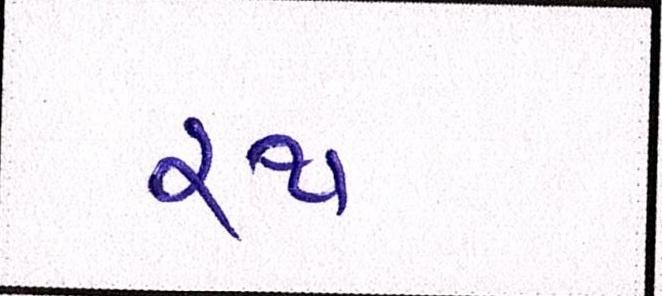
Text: રથ